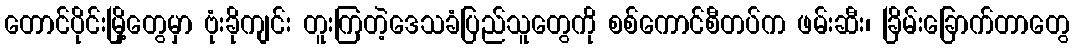
တောင်ပိုင်းမြို့တွေမှာ ဗုံးခိုကျင်း တူးကြတဲ့ဒေသခံပြည်သူတွေကို စစ်ကောင်စီတပ်က ဖမ်းဆီး၊ ခြိမ်းခြောက်တာတွေ